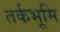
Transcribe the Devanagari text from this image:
तर्कभूमि